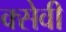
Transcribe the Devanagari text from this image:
क्सेवी